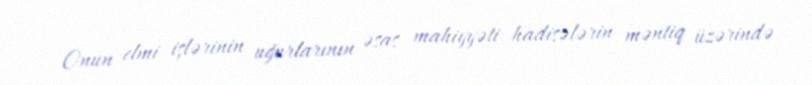
Onun elmi işlərinin uğurlarının əsas mahiyyəti hadisələrin məntiq üzərində